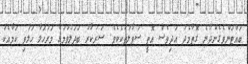
ބައްޓަންވެގެންދާނެ ގޮތާމެދު އަދިވެސް އޮތީ ސުވާލުތަކެކެވެ. ސަރުކާރު ބަދަލުވުމުގެ މަރުހަލާ ހަލުވި ކަމާއެކު